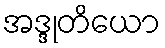
အဒ္ဒုတိယော